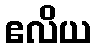
ဧလိယ